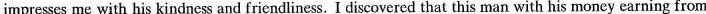
impresses me with his kindness and friendliness. I discovered that this man with his money earning from